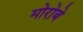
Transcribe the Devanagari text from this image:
मोरोबे